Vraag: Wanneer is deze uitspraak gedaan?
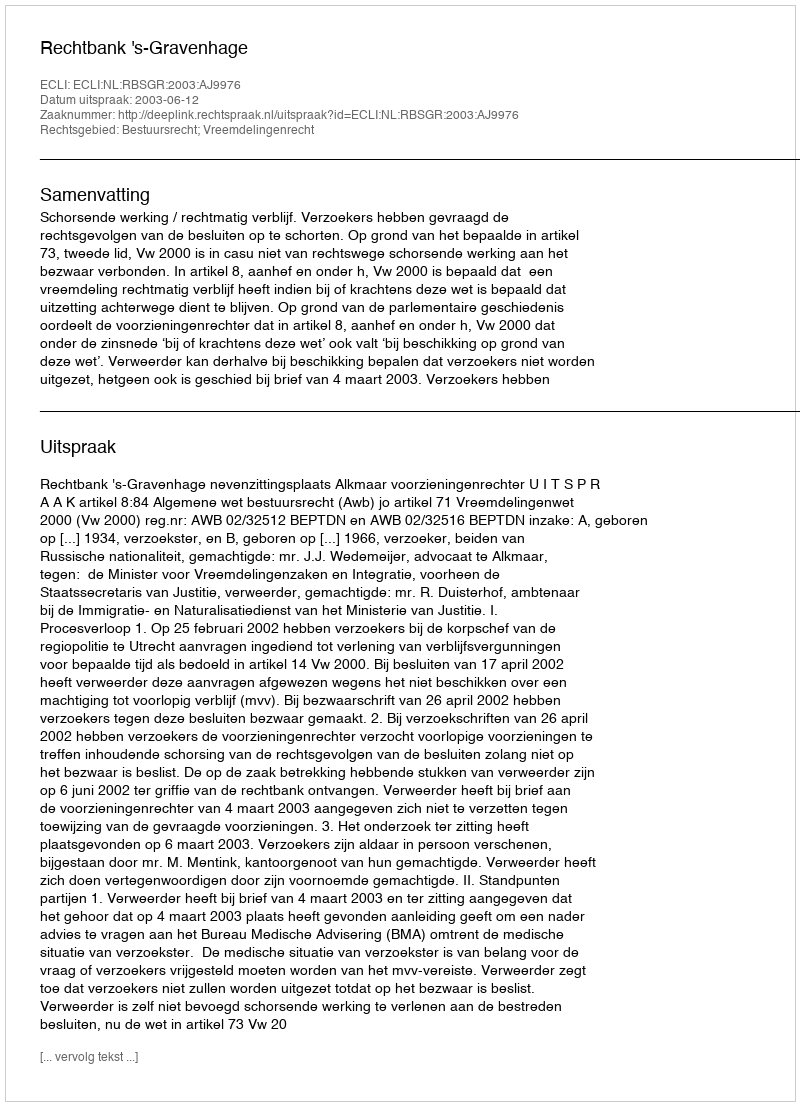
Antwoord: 2003-06-12